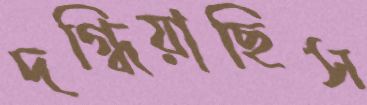
দগ্ধিয়াছিস